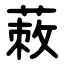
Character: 蓛